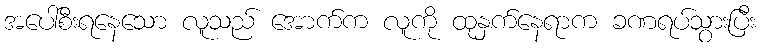
အပေါ်စီးရနေသော လူသည် အောက်က လူကို ထုနှက်နေရာက ခဏရပ်သွားပြီး